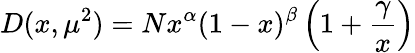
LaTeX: D(x,\mu^{2})=Nx^{\alpha}(1-x)^{\beta}\left(1+\frac{\gamma}{x}\right)